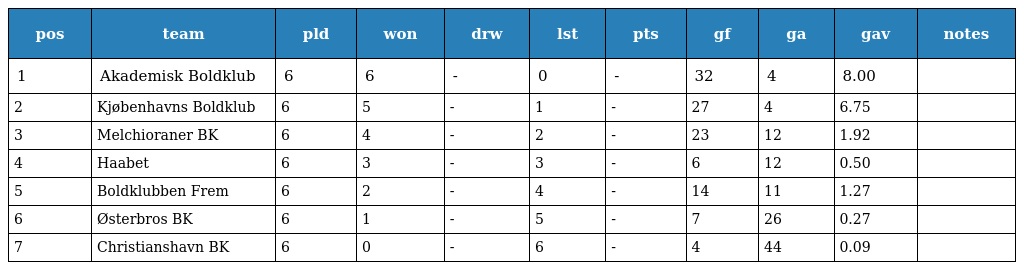
| pos | team | pld | won | drw | lst | pts | gf | ga | gav | notes |
 | --- | --- | --- | --- | --- | --- | --- | --- | --- | --- | --- |
 | 1 | Akademisk Boldklub | 6 | 6 | - | 0 | - | 32 | 4 | 8.00 |  |
 | 2 | Kjøbenhavns Boldklub | 6 | 5 | - | 1 | - | 27 | 4 | 6.75 |  |
 | 3 | Melchioraner BK | 6 | 4 | - | 2 | - | 23 | 12 | 1.92 |  |
 | 4 | Haabet | 6 | 3 | - | 3 | - | 6 | 12 | 0.50 |  |
 | 5 | Boldklubben Frem | 6 | 2 | - | 4 | - | 14 | 11 | 1.27 |  |
 | 6 | Østerbros BK | 6 | 1 | - | 5 | - | 7 | 26 | 0.27 |  |
 | 7 | Christianshavn BK | 6 | 0 | - | 6 | - | 4 | 44 | 0.09 |  |